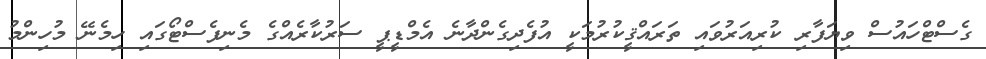
ގެސްޓްހައުސް ވިޔަފާރި ކުރިއަރުވައި ތަރައްޤީކުރުމަކީ އުފެދިގެންދާނެ އެމްޑީޕީ ސަރުކާރެއްގެ މެނިފެސްޓޯގައި ހިމެނޭ މުހިންމު